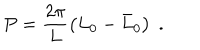
P = \displaystyle \frac { 2 \pi } { L } \left( L _ { 0 } - \bar { L } _ { 0 } \right) \; .